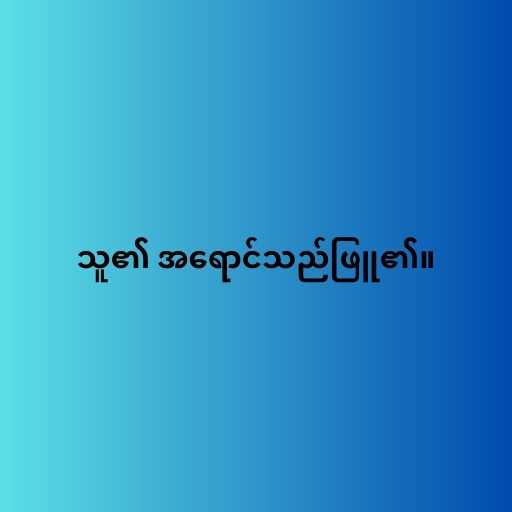
သူ၏ အရောင်သည်ဖြူ၏။